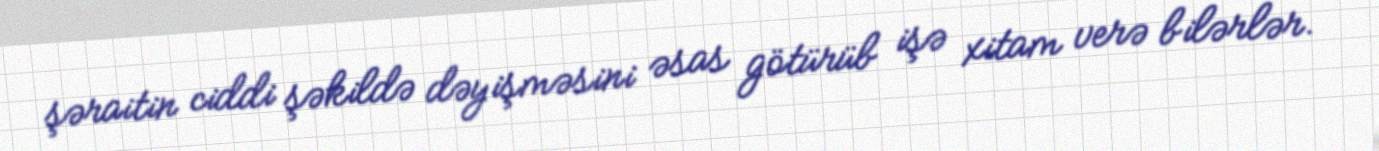
şəraitin ciddi şəkildə dəyişməsini əsas götürüb işə xitam verə bilərlər.